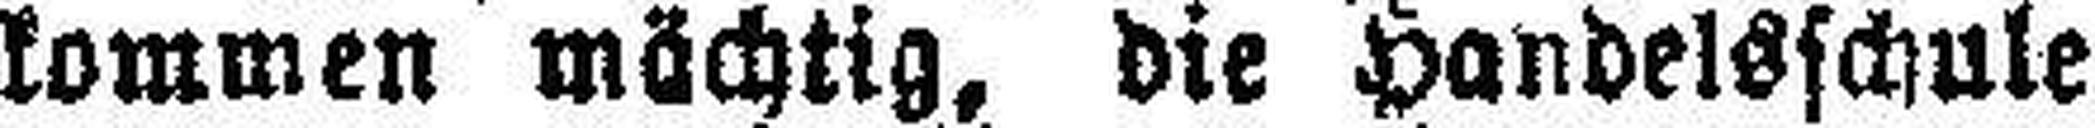
kommen mächtig, die Handelsschule